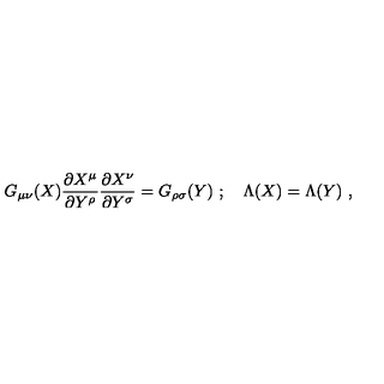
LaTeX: G _ { \mu \nu } ( X ) \frac { \partial X ^ { \mu } } { \partial Y ^ { \rho } } \frac { \partial X ^ { \nu } } { \partial Y ^ { \sigma } } = G _ { \rho \sigma } ( Y ) \ ; \quad \Lambda ( X ) = \Lambda ( Y ) \ ,